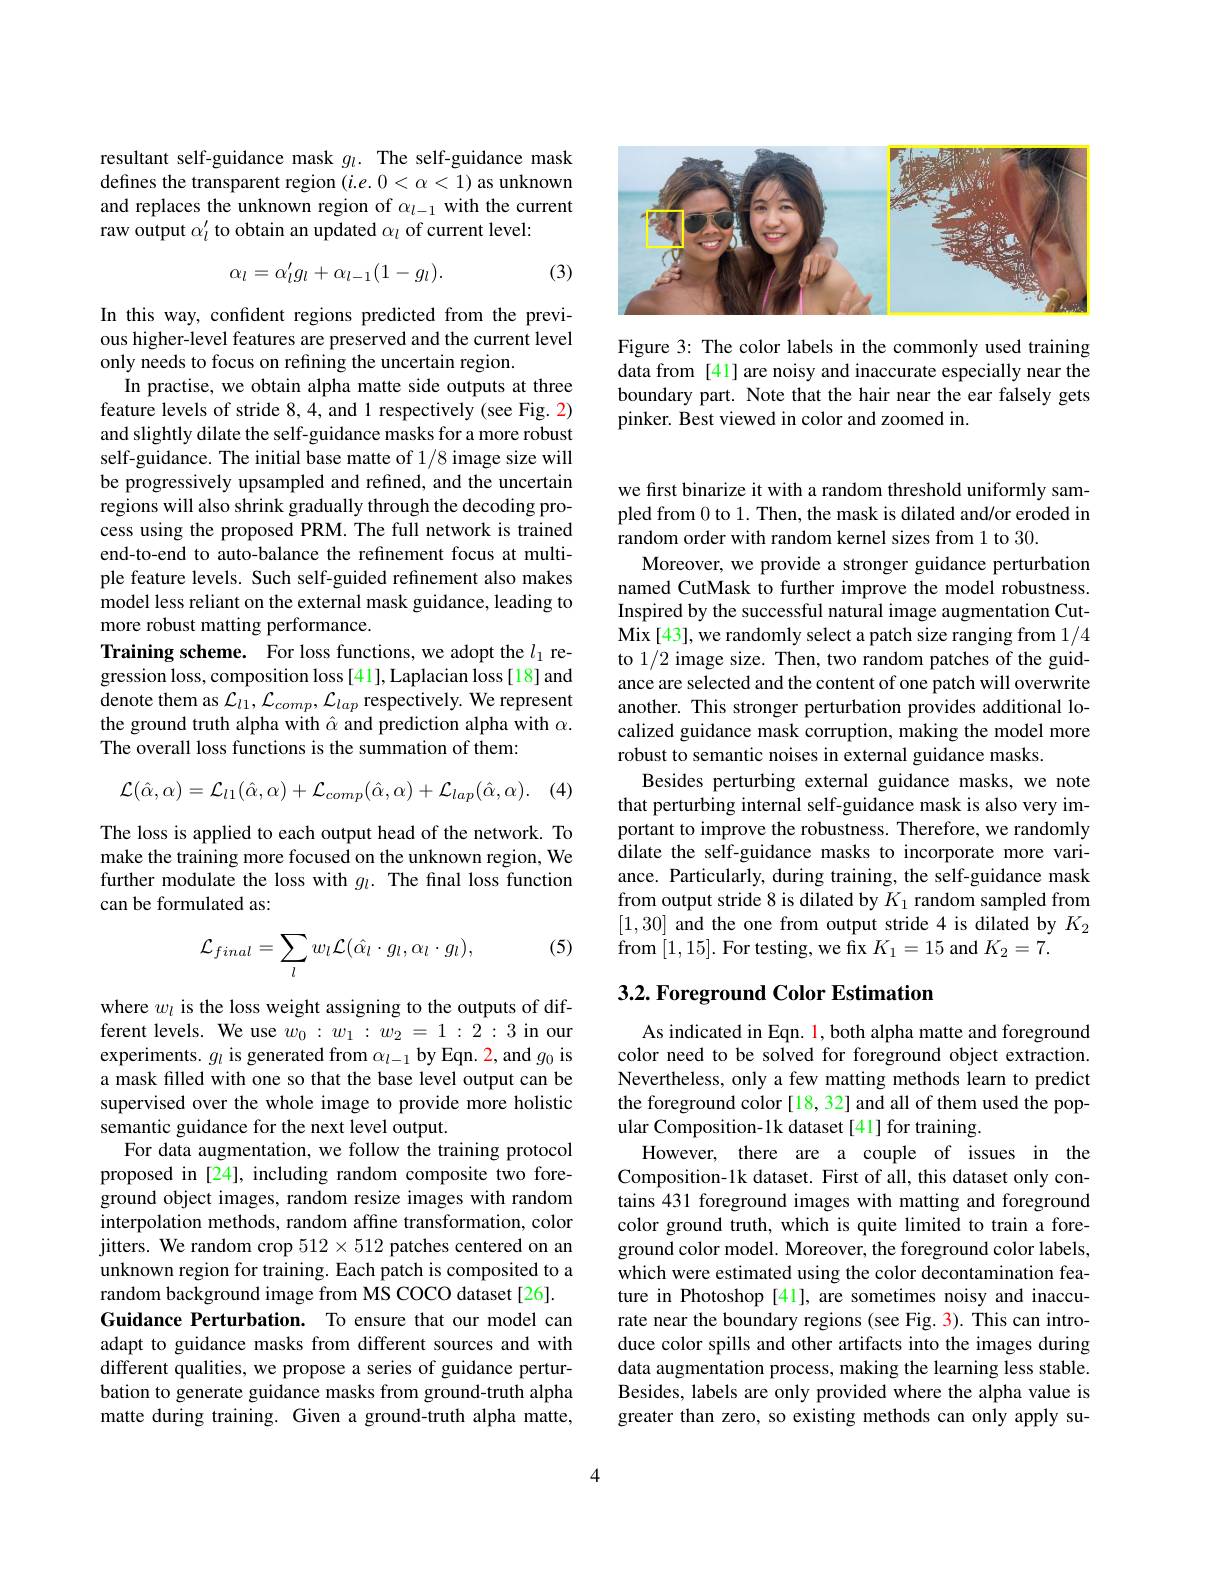
<FigureHere>

Figure 3: The color labels in the commonly used training data from [41] are noisy and inaccurate especially near the boundary part. Note that the hair near the ear falsely gets pinker. Best viewed in color and zoomed in.

resultant self-guidance mask $g_l.$ The self-guidance mask defines the transparent region $(i.e.0<\alpha<1)$ as unknown and replaces the unknown region of $\alpha_{l-1}$ with the current raw output $\alpha_l^{\prime}$ to obtain an updated $\alpha_l$ of current level:

(3)
$$\alpha_l=\alpha_l'g_l+\alpha_{l-1}(1-g_l).$$
In this way, confident regions predicted from the previous higher-level features are preserved and the current level only needs to focus on refining the uncertain region.
In practise, we obtain alpha matte side outputs at three feature levels of stride 8,4, and 1 respectively (see Fig. 2) and slightly dilate the self-guidance masks for a more robust self-guidance. The initial base matte of 1/8 image size will be progressively upsampled and refined, and the uncertain regions will also shrink gradually through the decoding process using the proposed PRM. The full network is trained end-to-end to auto-balance the refinement focus at multiple feature levels. Such self-guided refinement also makes model less reliant on the external mask guidance, leading to more robust matting performance.
Training scheme. For loss functions, we adopt the $l_1$ regression loss, composition loss[41], Laplacian loss[18] and denote them as $\mathcal{L}_l1,\mathcal{L}_{comp},\mathcal{L}_{lap}$ respectively. We represent the ground truth alpha with $\hat{\alpha}$ and prediction alpha with $\alpha.$ The overall loss functions is the summation of them:
$$\mathcal{L}(\hat{\alpha},\alpha)=\mathcal{L}_{l1}(\hat{\alpha},\alpha)+\mathcal{L}_{comp}(\hat{\alpha},\alpha)+\mathcal{L}_{lap}(\hat{\alpha},\alpha).$$
(4)

The loss is applied to each output head of the network. To make the training more focused on the unknown region, We further modulate the loss with $g_l.$ The final loss function can be formulated as:

(5)
$$\mathcal{L}_{final}=\sum_{l}w_{l}\mathcal{L}(\hat{\alpha_{l}}\cdot g_{l},\alpha_{l}\cdot g_{l}),$$
where $w_l$ is the loss weight assigning to the outputs of different levels. We use $w_0:w_1:w_2=1:2:3$ in our experiments. $g_l$ is generated from $\alpha_l-1$ by Eqn. 2, and $g_0$ is a mask filled with one so that the base level output can be supervised over the whole image to provide more holistic semantic guidance for the next level output.
For data augmentation, we follow the training protocol proposed in [24], including random composite two foreground object images, random resize images with random interpolation methods, random affine transformation, color jitters. We random crop $512\times512$ patches centered on an unknown region for training. Each patch is composited to a random background image from MS COCO dataset[26].
Guidance Perturbation. To ensure that our model can adapt to guidance masks from different sources and with different qualities, we propose a series of guidance perturbation to generate guidance masks from ground-truth alpha matte during training. Given a ground-truth alpha matte,

we first binarize it with a random threshold uniformly sampled from 0 to 1. Then, the mask is dilated and/or eroded in random order with random kernel sizes from 1 to 30.
Moreover, we provide a stronger guidance perturbation named CutMask to further improve the model robustness. Inspired by the successful natural image augmentation CutMix[43], we randomly select a patch size ranging from 1/4 to 1/2 image size. Then, two random patches of the guidance are selected and the content of one patch will overwrite another. This stronger perturbation provides additional localized guidance mask corruption, making the model more robust to semantic noises in external guidance masks.
Besides perturbing external guidance masks, we note that perturbing internal self-guidance mask is also very important to improve the robustness. Therefore, we randomly dilate the self-guidance masks to incorporate more variance. Particularly, during training, the self-guidance mask from output stride 8 is dilated by $K_1$ random sampled from [1,30] and the one from output stride 4 is dilated by $K_2$ from [1,15]. For testing, we fix $K_1=15$ and $K_2=7.$

## 3.2. Foreground Color Estimation

As indicated in Eqn. $\color{red}1$, both alpha matte and foreground color need to be solved for foreground object extraction. Nevertheless, only a few matting methods learn to predict the foreground color [18, 32] and all of them used the popular Composition-1k dataset [41] for training.
However, there are a couple of issues in the Composition-1k dataset. First of all, this dataset only contains 431 foreground images with matting and foreground color ground truth, which is quite limited to train a foreground color model. Moreover, the foreground color labels, which were estimated using the color decontamination feature in Photoshop [41], are sometimes noisy and inaccurate near the boundary regions (see Fig. 3). This can introduce color spills and other artifacts into the images during data augmentation process, making the learning less stable. Besides, labels are only provided where the alpha value is greater than zero, so existing methods can only apply su-

4